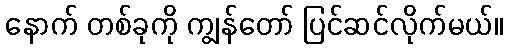
နောက် တစ်ခုကို ကျွန်တော် ပြင်ဆင်လိုက်မယ်။